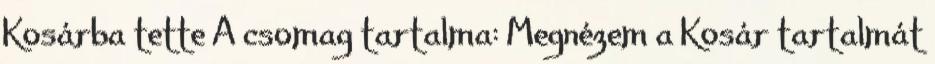
Kosárba tette A csomag tartalma: Megnézem a Kosár tartalmát